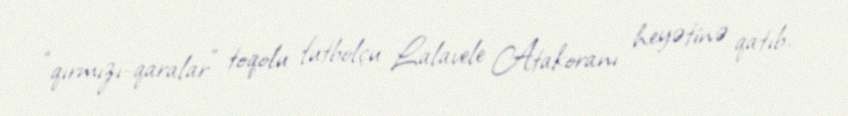
“qırmızı-qaralar” toqolu futbolçu Lalavele Atakoranı heyətinə qatıb.